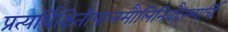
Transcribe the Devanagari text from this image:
प्रत्यर्थिक्षितीपालमौलिनिवहैरभ्यर्चि